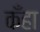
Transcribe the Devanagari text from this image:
कँहा